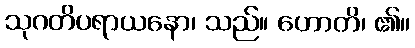
သုဂတိပရာယနော၊ သည်။ ဟောတိ၊ ၏။